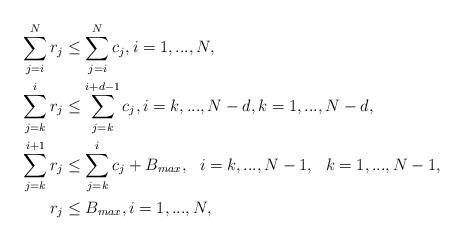
LaTeX: \begin{align*}\sum_{j=i}^{N}{r_j} &\leq \sum_{j=i}^{N}{c_j}, i=1,...,N,\\\sum_{j=k}^{i}{r_j} &\leq \sum_{j=k}^{i+d-1}{c_j}, i=k,...,N-d,k=1,...,N-d,\\\sum_{j=k}^{i+1}{r_j} & \leq \sum_{j=k}^{i}{c_j}+ B_{max}, ~~ i=k,...,N-1, ~~k=1,...,N-1, \\ r_j &\leq B_{max}, i=1,...,N,\end{align*}